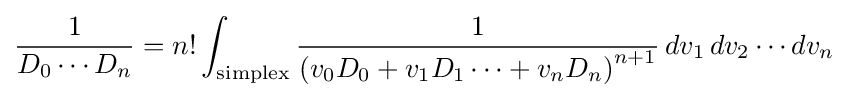
{\frac {1}{D_{0}\cdots D_{n}}}=n!\int _{\mathrm {simplex} }{\frac {1}{\left(v_{0}D_{0}+v_{1}D_{1}\cdots +v_{n}D_{n}\right)^{n+1}}}\,dv_{1}\,dv_{2}\cdots dv_{n}